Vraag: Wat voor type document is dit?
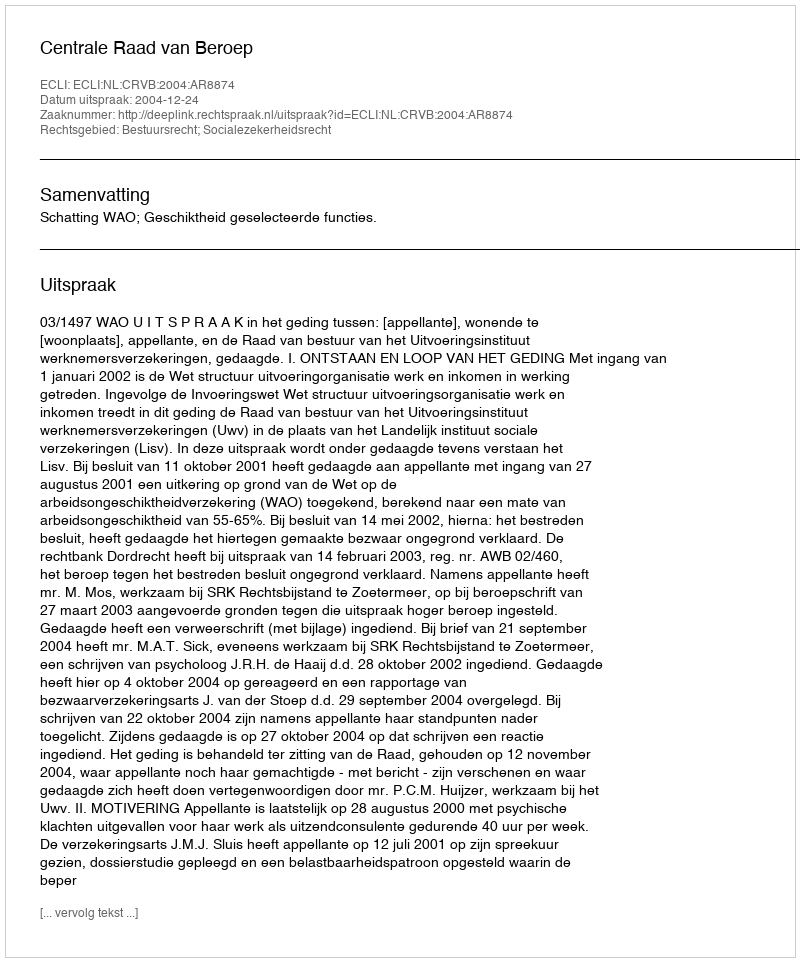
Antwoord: Uitspraak